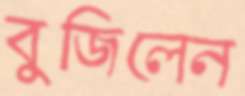
বুজিলেন